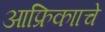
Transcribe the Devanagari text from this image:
आफ्रिकााचे